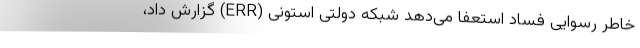
خاطر رسوایی فساد استعفا می‌دهد شبکه دولتی استونی (ERR) گزارش داد،